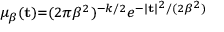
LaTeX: \scriptstyle \mu _ { \beta } ( \mathbf { t } ) = ( 2 \pi \beta ^ { 2 } ) ^ { - k / 2 } e ^ { - | \mathbf { t } | ^ { 2 } / ( 2 \beta ^ { 2 } ) }